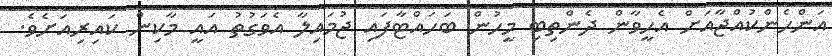
އަންހެންކުއްޖާއަށް އެހީވާން ދެންތިބި މީހުން ބަހައްޓާފައި ޖުމައިލާ އެވަގުތު އައީ މާކިން ކައިރިއަށެވެ.